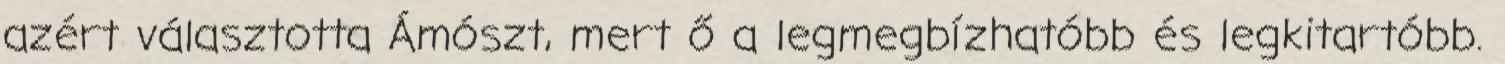
azért választotta Ámószt, mert ő a legmegbízhatóbb és legkitartóbb.